Scottish Certificate of Education, 1962
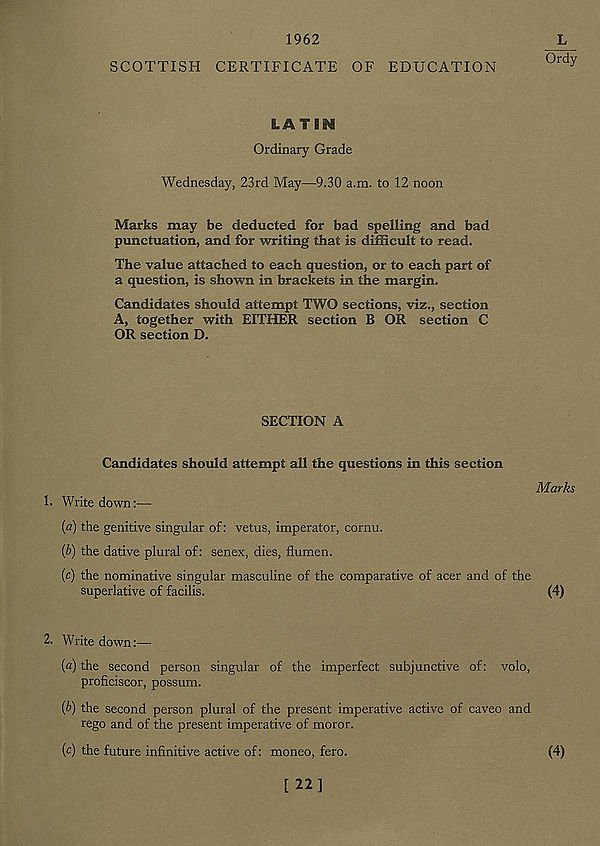
1962
SCOTTISH CERTIFICATE OF EDUCATION
L
Ordy
LATIN
Ordinary Grade
Wednesday, 23rd May—9.30 a.m. to 12 noon
Marks may be deducted for bad spelling and bad
punctuation, and for writing that is difficult to read.
The value attached to each question, or to each part of
a question, is shown in brackets in the margin.
Candidates should attempt TWO sections, viz., section
A, together with EITHER section B OR section C
OR section D.
SECTION A
Candidates should attempt all the questions in this section
Marks
1. Write down:—
(a) the genitive singular of: vetus, imperator, cornu.
(b) the dative plural of: senex, dies, flumen.
(c) the nominative singular masculine of the comparative of acer and of the
superlative of facilis.
(4)
2. Write down:—
(fl) the second person singular of the imperfect subjunctive of: volo,
proficiscor, possum.
{b) the second person plural of the present imperative active of caveo and
rego and of the present imperative of moror.
(c) the future infinitive active of: moneo, fero.
(4)
[22]